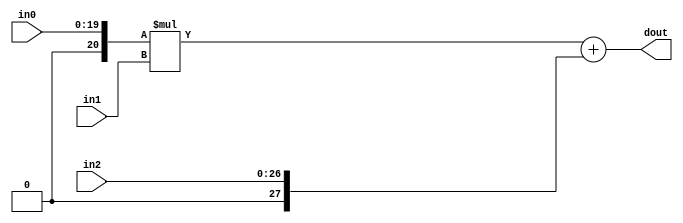
module hls_saturation_endEe_DSP48_0(
    input  [20 - 1:0] in0,
    input  [16 - 1:0] in1,
    input  [27 - 1:0] in2,
    output [36 - 1:0]  dout);

wire signed [25 - 1:0]     a;
wire signed [18 - 1:0]     b;
wire signed [48 - 1:0]     c;
wire signed [43 - 1:0]     m;
wire signed [48 - 1:0]     p;

assign a  = $unsigned(in0);
assign b  = $signed(in1);
assign c  = $unsigned(in2);

assign m  = a * b;
assign p  = m + c;

assign dout = p;

endmodule